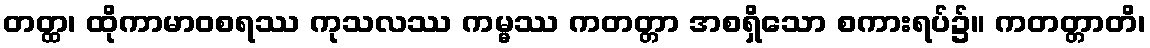
တတ္ထ၊ ထိုကာမာဝစရဿ ကုသလဿ ကမ္မဿ ကတတ္တာ အစရှိသော စကားရပ်၌။ ကတတ္တာတိ၊